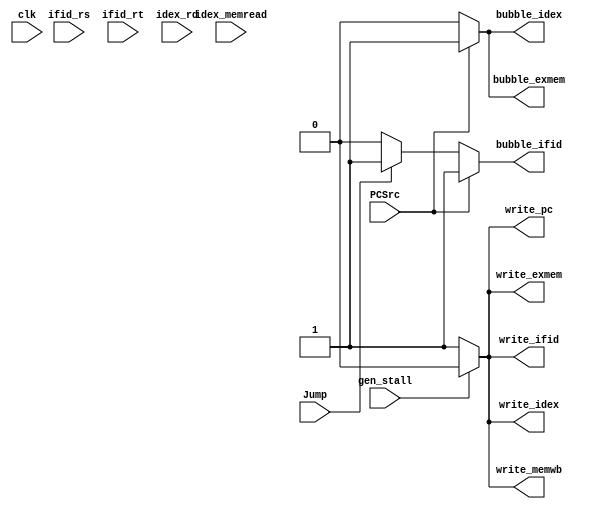
module  control_stall_id(
	input clk,	
	output reg bubble_ifid,
	output reg bubble_idex,
	output reg bubble_exmem,
	output reg write_ifid,
	output reg write_idex,
	output reg write_exmem,
	output reg write_memwb,
	output reg write_pc,
	input gen_stall,
	input [4:0] ifid_rs,
	input [4:0] ifid_rt,
	input [4:0] idex_rd,
	input idex_memread,
	input Jump,
	input PCSrc);

reg stall_delay;

always @(posedge clk)
begin
	stall_delay <= gen_stall;
end
always @(*)
begin
	bubble_ifid		= 1'b0;
	bubble_idex		= 1'b0;
	bubble_exmem	= 1'b0;
	write_pc		= 1'b1;
	write_ifid		= 1'b1;
	write_idex		= 1'b1;
	write_exmem		= 1'b1;
	write_memwb		= 1'b1;

	/*if ((idex_memread == 1'b1) && ((idex_rd==ifid_rs) || (idex_rd==ifid_rt))) begin // Load stall
		bubble_idex	= 1'b1;
		write_ifid	= 1'b0;
		write_pc	= 1'b0;
	end*/
	if (Jump == 1'b1) begin // j instruction in ID stage	
		bubble_ifid	= 1'b1;
		write_pc	= 1'b1;
	end

	if (PCSrc == 1'b1) begin // Taken Branch in MEM stage
		bubble_ifid		= 1'b1;
		bubble_idex		= 1'b1;
		bubble_exmem	= 1'b1;
		write_pc		= 1'b1;
	end
	if(gen_stall)
	begin
		write_pc		= 1'b0;
		write_ifid		= 1'b0;
		write_idex		= 1'b0;
		write_exmem		= 1'b0;
		// bubble_exmem	= 1'b1;
		write_memwb		= 1'b0;
	end
	// if(stall_delay)
	// begin
	// 	write_pc		= 1'b0;
	// 	write_ifid		= 1'b0;
	// 	write_idex		= 1'b0;
	// 	write_exmem		= 1'b0;
	// 	write_memwb		= 1'b0;

	// end
end
endmodule